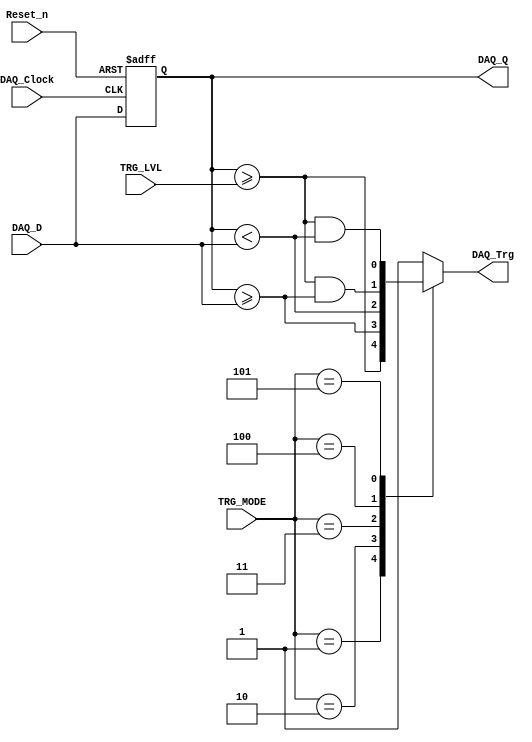
//% @file SCDAQ_CTP.v
//% @author Petros Fountas, Apurva Modak
//% @brief Single Channel Data Acquisition system Central Trigger Processor.

module SCDAQ_CTP (
  Reset_n,   // Asynchronous active-low reset
  
  // Data acquisition interface
  DAQ_Clock, // Data acquisition sampling clock
  DAQ_D,     // Data acquisition sample input
  DAQ_Q,     // Data acquisition sample output
  DAQ_Trg,   // Data acquisition trigger
  
  // Configuration interface
  TRG_MODE,  // Trigger mode
  TRG_LVL    // Trigger level
);
  parameter PRECISION = 8; //bit
  parameter NSAMPLES = 2; //samples
  
  // Asynchronous active-low reset
  input  Reset_n;
  
  // Data acquisition
  input                      DAQ_Clock; // Data acquisition sampling clock
  input      [PRECISION-1:0] DAQ_D;     // Data acquisition input sample value
  output reg [PRECISION-1:0] DAQ_Q;     // Data acquisition output sample value
  output reg                 DAQ_Trg;   // Data acquisition trigger
  
  // Configuration interface
  input      [2:0]           TRG_MODE;  // Trigger mode
  input      [PRECISION-1:0] TRG_LVL;   // Trigger level
            
  // Trigger modes
  parameter NOTRG          = 0, // No trigger ( Continuous acquisition )
            MODE_LVL       = 1, // Level
            MODE_PEDGE     = 2, // Positive edge
            MODE_NEDGE     = 3, // Negative edge
            MODE_LVL_PEDGE = 4, // Level and Positive edge
            MODE_LVL_NEDGE = 5; // Level and Negative edge

  // Level trigger
  reg LVL_TRG;
  
  // Positive edge trigger
  reg PEDGE_TRG;
  
  // Negative edge trigger
  reg NEDGE_TRG;
  
  // Samples buffer (Shift register using LEs)
  reg [PRECISION-1:0] SR[NSAMPLES-1:0];

  // Trigger mode decoder
  always @ ( TRG_MODE, TRG_LVL, SR[NSAMPLES-1], SR[NSAMPLES-2],
             LVL_TRG, PEDGE_TRG, NEDGE_TRG ) begin
    
    // Level detection trigger
    LVL_TRG <= ( SR[NSAMPLES-1] >= TRG_LVL );
    
    // Positive edge detection trigger
    PEDGE_TRG <= ( SR[NSAMPLES-1] >= SR[NSAMPLES-2] );
    
    // Negative edge detection trigger
    NEDGE_TRG <= ( SR[NSAMPLES-1] < SR[NSAMPLES-2] );
    
    DAQ_Trg <= 1;
    case ( TRG_MODE )
      // Level
      MODE_LVL: begin
        DAQ_Trg <= LVL_TRG;
      end
      // Positive edge
      MODE_PEDGE: begin
        DAQ_Trg <= PEDGE_TRG;
      end
      // Negative edge
      MODE_NEDGE: begin
        DAQ_Trg <= NEDGE_TRG;
      end
      // Level & Positive edge
      MODE_LVL_PEDGE: begin
        DAQ_Trg <= LVL_TRG && PEDGE_TRG;
      end
      // Level & Negative edge
      MODE_LVL_NEDGE: begin
        DAQ_Trg <= LVL_TRG && NEDGE_TRG;
      end
      // No trigger ( Continuous acquisition )
      default: begin // NOTRG
        DAQ_Trg <= 1;
      end
    endcase
  end
  
  // Shift register
  always @ (DAQ_D, SR[NSAMPLES-1]) begin
    SR[0] <= DAQ_D;
    DAQ_Q <= SR[NSAMPLES-1];
  end
  integer isample;
  always @ (posedge DAQ_Clock or negedge Reset_n) begin
    if (Reset_n == 1'b0) begin
      for (isample = NSAMPLES-1; isample > 0; isample = isample - 1)
        SR[isample] <= 'b0; // clear shift register
    end
    else begin
      for (isample = NSAMPLES-1; isample > 0; isample = isample - 1)
        SR[isample] <= SR[isample-1]; // shift samples
    end
  end

endmodule